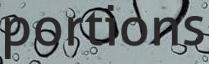
portions